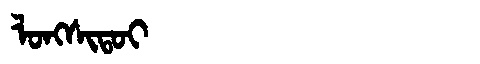
Manchu: ᠯᠣᠩᠰᡳᡨᠣᡳ
Romanization: LONGSITOI